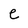
Character: e